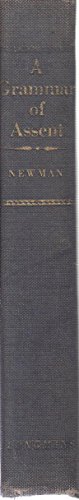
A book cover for Grammar of Assent; J.H. Newman; Religion & Spirituality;